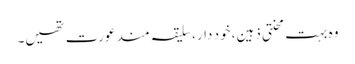
وہ بہت محنتی ذہین، خود دار، سلیقہ مند عورت تھیں۔